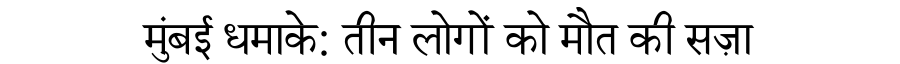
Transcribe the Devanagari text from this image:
मुंबई धमाके: तीन लोगों को मौत की सज़ा